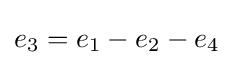
{\textstyle e_{3}=e_{1}-e_{2}-e_{4}}